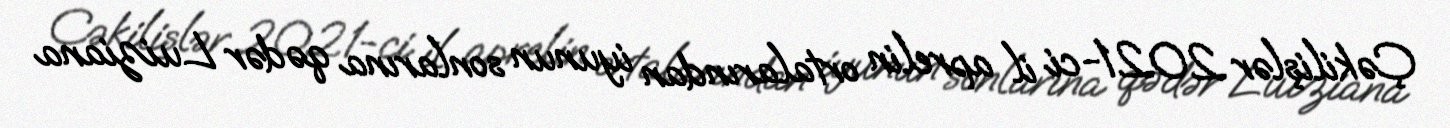
Çəkilişlər 2021-ci il aprelin ortalarından iyunun sonlarına qədər Luiziana